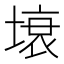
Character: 𭏗